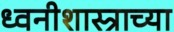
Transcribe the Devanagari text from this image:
ध्वनीशास्त्राच्या